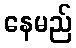
နေမည်